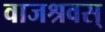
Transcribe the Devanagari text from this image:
वाजश्रवस्